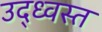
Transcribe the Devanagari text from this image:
उद्‍ध्वस्त